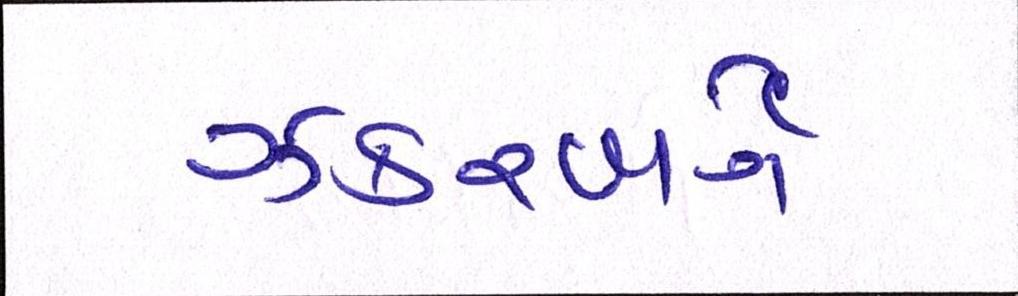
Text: ઝકરબર્ગે